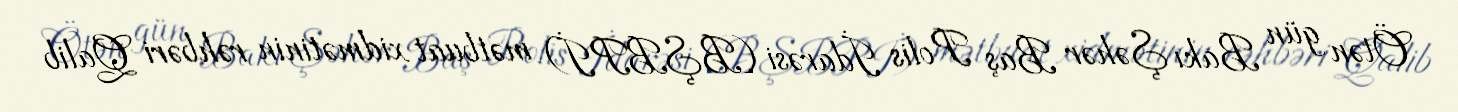
Ötən gün Bakı Şəhər Baş Polis İdarəsi (BŞBPİ) mətbuat xidmətinin rəhbəri Qalib